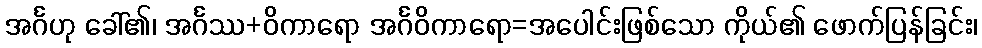
အင်္ဂဟု ခေါ်၏၊ အင်္ဂဿ+ဝိကာရော အင်္ဂဝိကာရော=အပေါင်းဖြစ်သော ကိုယ်၏ ဖောက်ပြန်ခြင်း၊